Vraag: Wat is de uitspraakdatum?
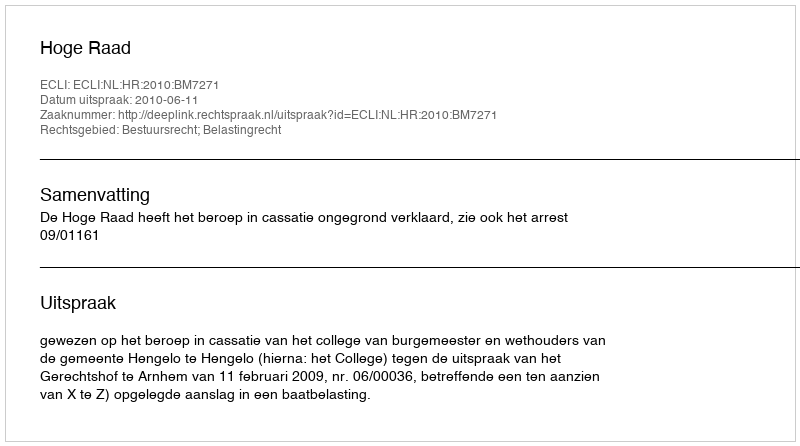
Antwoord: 2010-06-11